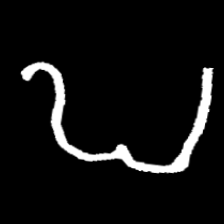
Pyu character \u2014 Myanmar letter: ဎ (romanized: ddha)